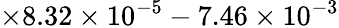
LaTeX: \times 8.32\times 10^{-5}-7.46\times 10^{-3}